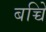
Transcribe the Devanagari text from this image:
बच्चेि